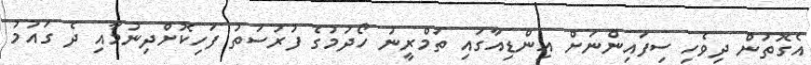
އެގޮތުން ދިވެހި ސިފައިންނަށް އިންޑިއާގައި ތަމްރީނު ހޯދުމުގެ ފުރުސަތު ފަހިކޮށްދިނުމާއި ދެ ގައުމު